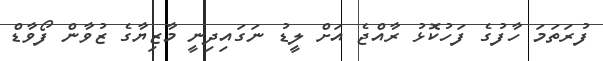
ފުރަތަމަ ހާފުގެ ފަހުކޮޅު ރާއްޖެ އަށް ލީޑު ނަގައިދިނީ މާޒިޔާގެ ޒުވާން ފޯވާޑް